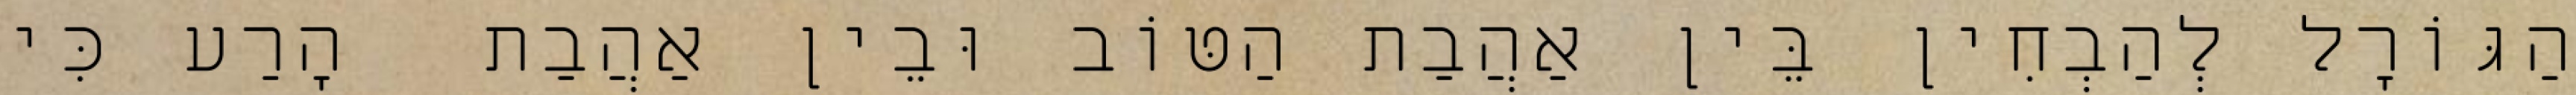
הַגּוֹרָל לְהַבְחִין בֵּין אַהֲבַת הַטּוֹב וּבֵין אַהֲבַת  הָרַע כִּי